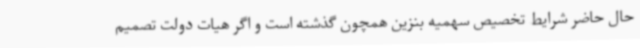
حال حاضر شرایط تخصیص سهمیه بنزین همچون گذشته است و اگر هیات دولت تصمیم